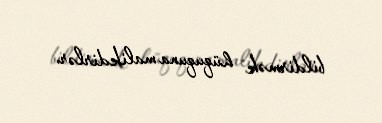
bildirmək hüququna malikdirlər.